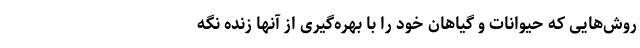
روش‌هایی که حیوانات و گیاهان خود را با بهره‌گیری از آنها زنده نگه